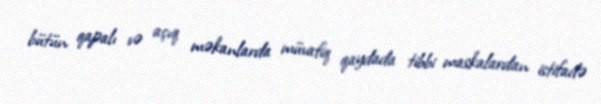
bütün qapalı və açıq məkanlarda müvafiq qaydada tibbi maskalardan istifadə